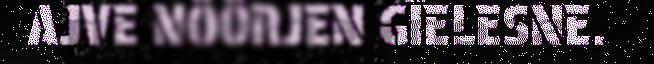
AJVE NÖÖRJEN GÏELESNE.